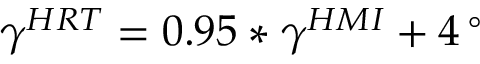
\gamma ^ { H R T } = 0 . 9 5 \ast \gamma ^ { H M I } + 4 \, ^ { \circ }